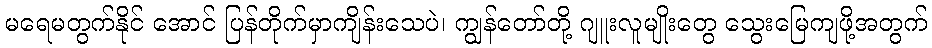
မရေမတွက်နိုင် အောင် ပြန်တိုက်မှာကျိန်းသေပဲ၊ ကျွန်တော်တို့ ဂျူးလူမျိုးတွေ သွေးမြေကျဖို့အတွက်